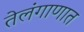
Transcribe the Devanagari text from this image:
तेलंगाणात